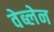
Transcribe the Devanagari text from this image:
वेब्लेन